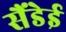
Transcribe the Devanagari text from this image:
सैंडेई